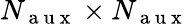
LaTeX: N_{\mathrm{~a~u~x~}}\times N_{\mathrm{~a~u~x~}}